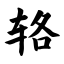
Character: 辂